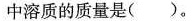
中溶质的质量是( )。